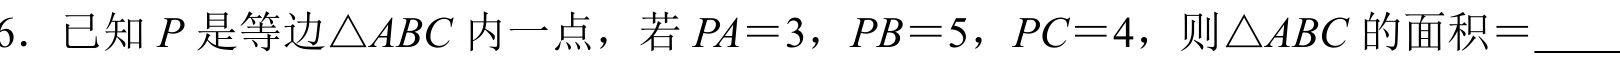
6. 已知 \(P\) 是等边\(\triangle ABC\)内一点，若 \(PA = 3\)，\(PB = 5\)，\(PC = 4\)，则\(\triangle ABC\)的面积\(=\underline{\quad\quad}\)